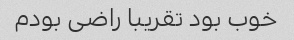
خوب بود تقریبا راضی بودم